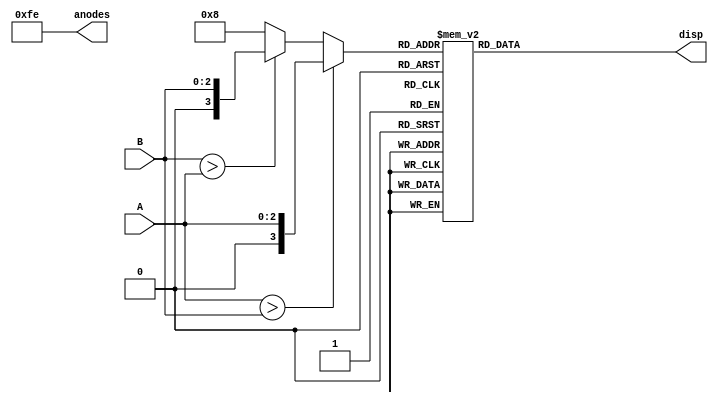
`timescale 1ns / 1ps
//////////////////////////////////////////////////////////////////////////////////
// Institute: Universidad Nacional del Colombia
// Subject: Laboratorio de Electrnica Digital I 2018-01 Grupo 2016498-1
// Student: Christian Camilo Cuestas, Eliana Ortiz Garca y Juan David Gonzalez Muoz
// 
// Design Name: Comparador de 3 bits
// Module Name:    comparador3bit 
// Project Name: Laboratorio 2
// Target Devices: Nexys 4
// Tool versions: Nexys 4
// Description: 
//
//////////////////////////////////////////////////////////////////////////////////
module comparador3bit(
	output reg [6:0] disp,
	input [0: 2] A, B,
	output reg [0:7] anodes 
    );
	reg [0: 3] RES;
   
	always@(*)
	begin
		if(A>B)
			RES <= {1'b0,A};
		else
			if(B>A)
				RES <= {1'b0,B};
			else
				RES <= 4'b1000;
	end
	
	always @(RES)
	begin
		case( RES )
			4'b0000: disp <= 7'b1000000;
			4'b0001: disp <= 7'b1111001;
			4'b0010: disp <= 7'b0100100;
			4'b0011: disp <= 7'b0110000;
			4'b0100: disp <= 7'b0011001;
			4'b0101: disp <= 7'b0010010;
			4'b0110: disp <= 7'b0000010;
			4'b0111: disp <= 7'b1111000;
			4'b1000: disp <= 7'b0110111;	//Muestra el =, si los numeros son iguales
			default: disp <= 7'b1111111;	//El display se apaga
		endcase
		anodes <= 8'b11111110;	//Para que slo prenda el dgito de la derecha
	end

endmodule